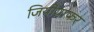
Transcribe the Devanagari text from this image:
जियोग्राफर